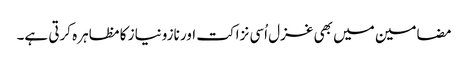
مضامین میں بھی غزل اُسی نزاکت اور نازونیاز کا مظاہرہ کرتی ہے۔